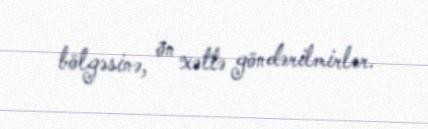
bölgəsinə, ön xəttə göndərilmirlər.